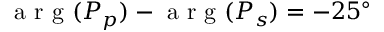
\mathrm { ~ a ~ r ~ g ~ } ( P _ { p } ) - \mathrm { ~ a ~ r ~ g ~ } ( P _ { s } ) = - 2 5 ^ { \circ }